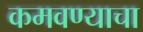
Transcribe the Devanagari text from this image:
कमवण्याचा